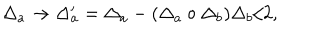
LaTeX: \Delta _ { a } \rightarrow \Delta _ { a } ^ { \prime } = \Delta _ { a } - ( \Delta _ { a } \circ \Delta _ { b } ) \Delta _ { b } / 2 ,